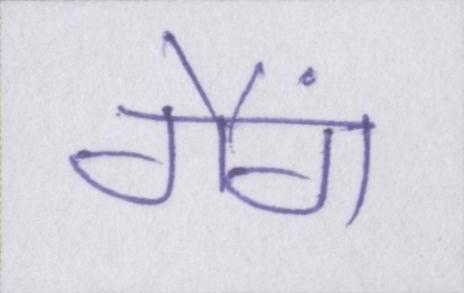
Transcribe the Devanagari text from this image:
गैंग